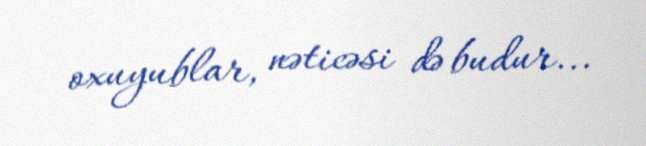
oxuyublar, nəticəsi də budur...